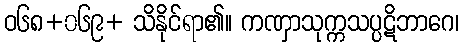
ဝ၆၈+၀၆၉+ သိနိုင်ရာ၏။ ကဏှာသုက္ကသပ္ပဋိဘာဂေ၊